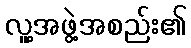
လူ့အဖွဲ့အစည်း၏